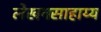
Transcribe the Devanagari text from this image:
लेखनसाहाय्य